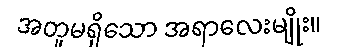
အတူမရှိသော အရာလေးမျိုး။